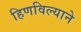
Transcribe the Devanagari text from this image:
हिणविल्याने